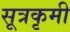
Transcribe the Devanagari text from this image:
सूत्रकृमी